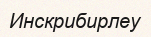
Инскрибирлеу